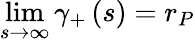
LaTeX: \operatorname*{lim}_{s\rightarrow\infty}\gamma_{+}\left(s\right)=r_{P}